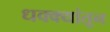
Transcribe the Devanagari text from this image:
धक्क्यांतून